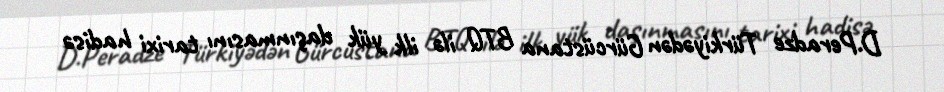
D.Peradze Türkiyədən Gürcüstana BTQ ilə ilk yük daşınmasını tarixi hadisə